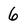
Character: 6